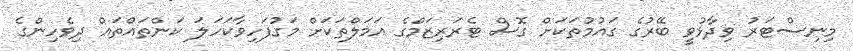
މިނިސްޓަރު ވިދާޅުވީ ބޭރުގެ ގައުމުތަކަށް ގޮސް ޓެރަރިޒަމްގެ އަމަލްތަކަށް މަގުފަހިވާކަހަލަ ކަންތައްތައް ދިވެހިންގެ